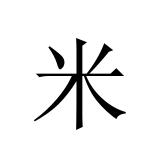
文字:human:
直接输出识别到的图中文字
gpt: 米